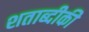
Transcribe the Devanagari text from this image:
शताब्दीकी